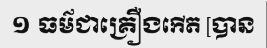
១ ធម៌ជាគ្រឿងកើត [បាន